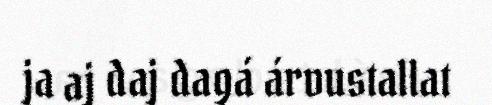
ja aj daj dagá árvustallat